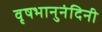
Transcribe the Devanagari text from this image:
वृषभानुनंदिनी